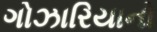
ગોઝારિયાનો